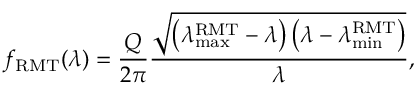
f _ { \mathrm { R M T } } ( \lambda ) = \frac { Q } { 2 \pi } \frac { \sqrt { \left( \lambda _ { \operatorname* { m a x } } ^ { \mathrm { R M T } } - \lambda \right) \left( \lambda - \lambda _ { \operatorname* { m i n } } ^ { \mathrm { R M T } } \right) } } { \lambda } ,